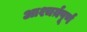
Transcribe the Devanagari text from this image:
आश्चर्य़पूर्ण